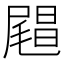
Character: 𰎅